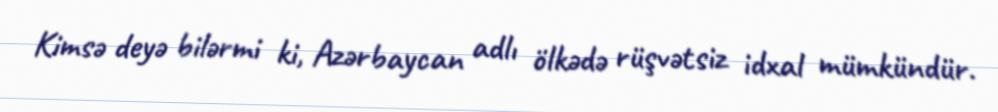
Kimsə deyə bilərmi ki, Azərbaycan adlı ölkədə rüşvətsiz idxal mümkündür.